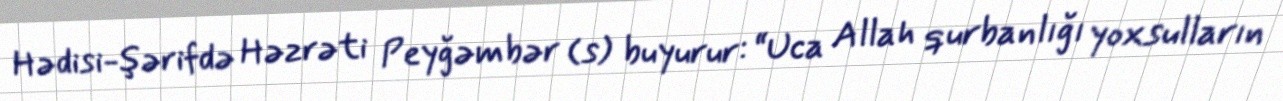
Hədisi-şərifdə Həzrəti Peyğəmbər (s) buyurur: “Uca Allah qurbanlığı yoxsulların